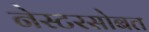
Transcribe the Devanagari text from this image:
नेस्टरसोबत